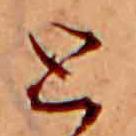
と